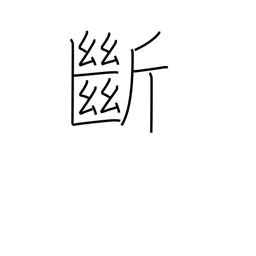
Meaning: cut off